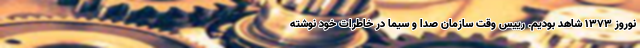
نوروز 1373 شاهد بودیم. رییس وقت سازمان صدا و سیما در خاطرات خود نوشته